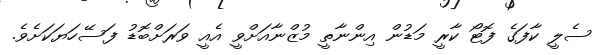
ސެލީ ކާފަގެ ފޮޓޯ ކާރީ މަޑުން އިންނާތީ މުޒްނާއަށްވީ އެއީ ވަރަށްބޮޑު ފަސޭހަޔަކަށެވެ.